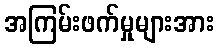
အကြမ်းဖက်မှုများအား